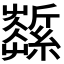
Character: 𦆰